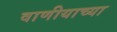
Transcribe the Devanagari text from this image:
वाणीयाच्या